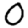
Digit: 0